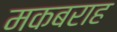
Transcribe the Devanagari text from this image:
मकबराह